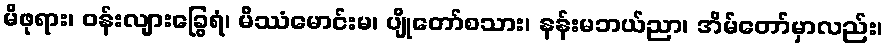
မိဖုရား၊ ဝန်းလျားခြွေရံ၊ မိဿံမောင်းမ၊ ပျိုတော်စသား၊ နန်းမဘယ်ညာ၊ အိမ်တော်မှာလည်း၊